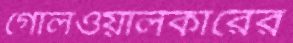
গোলওয়ালকারের